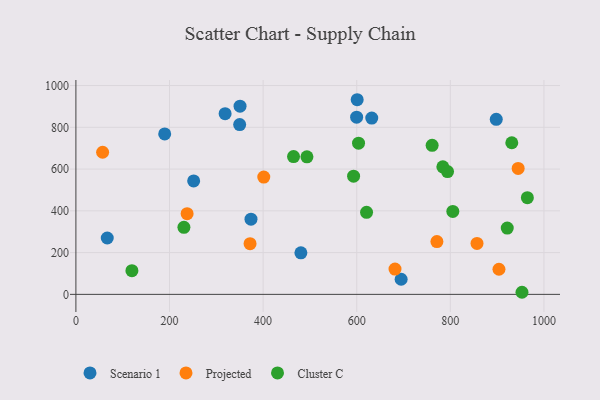
{"axis": {"x": "Engine Size", "y": "Fuel Efficiency"}, "legend": ["Cluster C", "Projected", "Scenario 1"], "data": [{"x": "694.9", "y": 72.3, "type": "Scenario 1"}, {"x": "189.7", "y": 768.1, "type": "Scenario 1"}, {"x": "374.1", "y": 360.3, "type": "Scenario 1"}, {"x": "350.7", "y": 901.0, "type": "Scenario 1"}, {"x": "318.8", "y": 865.4, "type": "Scenario 1"}, {"x": "599.8", "y": 848.6, "type": "Scenario 1"}, {"x": "349.9", "y": 813.3, "type": "Scenario 1"}, {"x": "898.1", "y": 838.3, "type": "Scenario 1"}, {"x": "251.6", "y": 543.2, "type": "Scenario 1"}, {"x": "601.0", "y": 932.1, "type": "Scenario 1"}, {"x": "67.0", "y": 270.0, "type": "Scenario 1"}, {"x": "632.1", "y": 844.1, "type": "Scenario 1"}, {"x": "480.7", "y": 198.9, "type": "Scenario 1"}, {"x": "681.8", "y": 121.1, "type": "Projected"}, {"x": "372.1", "y": 242.9, "type": "Projected"}, {"x": "771.3", "y": 252.9, "type": "Projected"}, {"x": "944.9", "y": 602.9, "type": "Projected"}, {"x": "237.6", "y": 386.6, "type": "Projected"}, {"x": "903.9", "y": 120.3, "type": "Projected"}, {"x": "57.1", "y": 680.5, "type": "Projected"}, {"x": "401.4", "y": 561.6, "type": "Projected"}, {"x": "857.0", "y": 243.8, "type": "Projected"}, {"x": "621.0", "y": 393.1, "type": "Cluster C"}, {"x": "921.6", "y": 317.5, "type": "Cluster C"}, {"x": "931.3", "y": 726.0, "type": "Cluster C"}, {"x": "784.0", "y": 610.9, "type": "Cluster C"}, {"x": "493.6", "y": 658.5, "type": "Cluster C"}, {"x": "603.9", "y": 723.8, "type": "Cluster C"}, {"x": "761.1", "y": 713.7, "type": "Cluster C"}, {"x": "465.0", "y": 659.9, "type": "Cluster C"}, {"x": "119.7", "y": 113.4, "type": "Cluster C"}, {"x": "230.8", "y": 321.2, "type": "Cluster C"}, {"x": "794.0", "y": 588.1, "type": "Cluster C"}, {"x": "593.3", "y": 566.2, "type": "Cluster C"}, {"x": "964.6", "y": 463.1, "type": "Cluster C"}, {"x": "805.3", "y": 397.1, "type": "Cluster C"}, {"x": "953.1", "y": 10.0, "type": "Cluster C"}]}